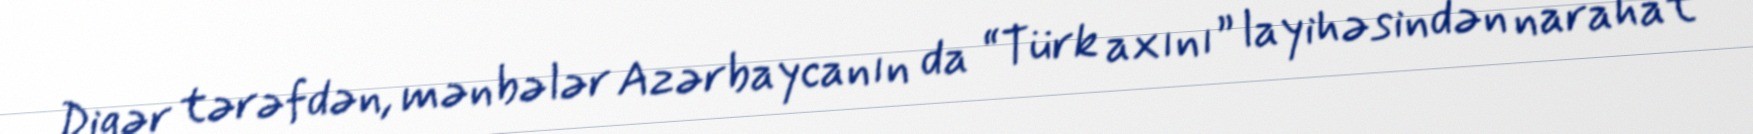
Digər tərəfdən, mənbələr Azərbaycanın da “Türk axını” layihəsindən narahat